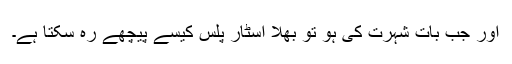
اور جب بات شہرت کی ہو تو بھلا اسٹار پلس کیسے پیچھے رہ سکتا ہے۔